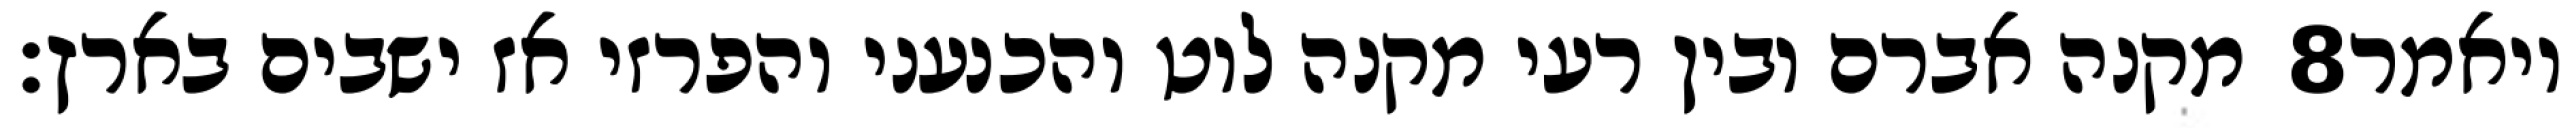
מקנה אברם ובין רעי מקנה לוט והכנעני והפרזי אז ישבים בארץ׃ ‎8‏ ויאמר